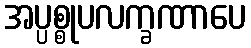
အပ္ပစ္စုပလက္ခဏာပေ